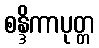
စန္ဒိကာပုတ္တ